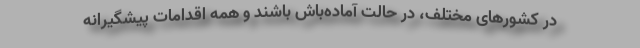
در کشورهای مختلف، در حالت آماده‌باش باشند و همه اقدامات پیشگیرانه